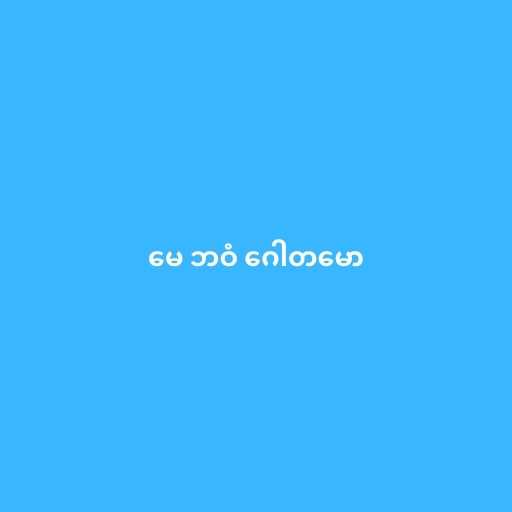
မေ ဘဝံ ဂေါတမော